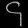
Digit: ၄